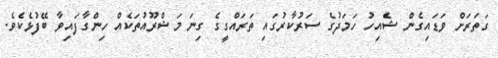
ގަތަރަށް ވަޑައިގެން ޝެއިހު ހަމަދުގެ ސަރުކާރުގައި ތަރައްގީގެ ގިނަ މަޝްރޫއުތަކެއް ހިންގާފައިވާ ބޭފުޅެކެވެ.